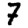
Digit: 7